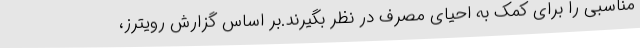
مناسبی را برای کمک به احیای مصرف در نظر بگیرند.بر اساس گزارش رویترز،